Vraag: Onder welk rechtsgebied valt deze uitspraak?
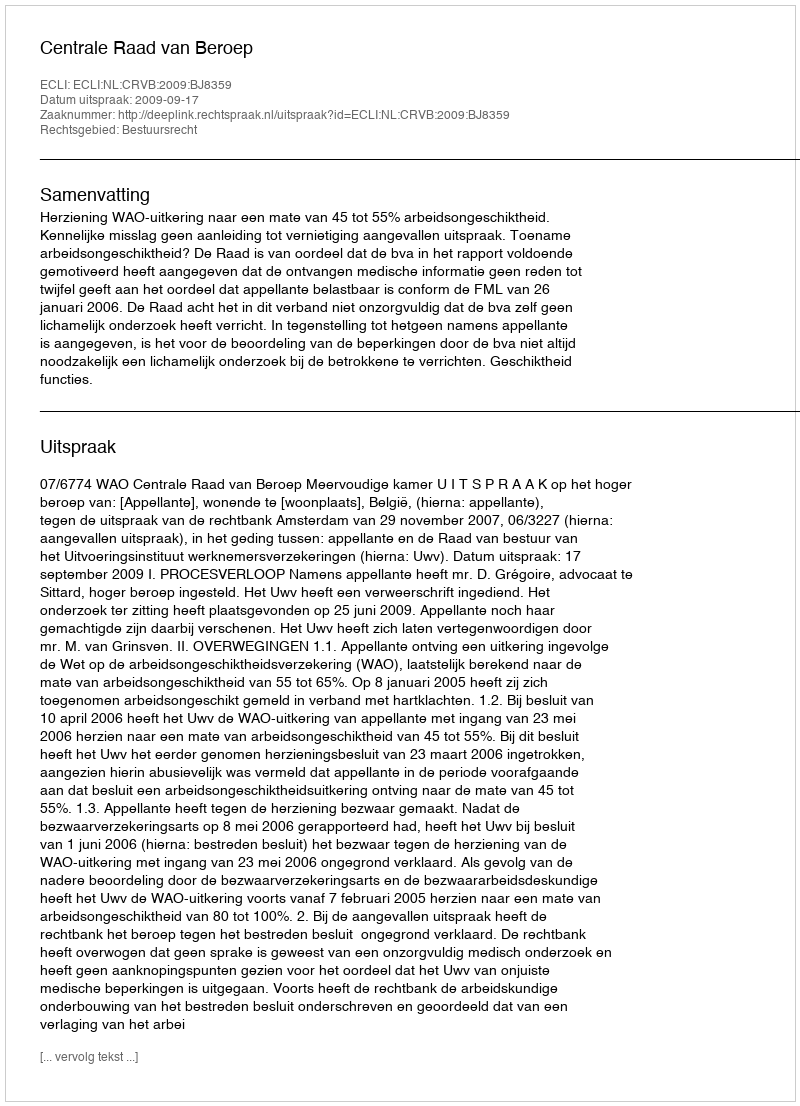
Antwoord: Bestuursrecht